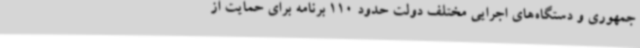
جمهوری و دستگاه‌های اجرایی مختلف دولت حدود 110 برنامه برای حمایت از